Note on the mental hospitals in Burma - 1925-1940
Year: 1925
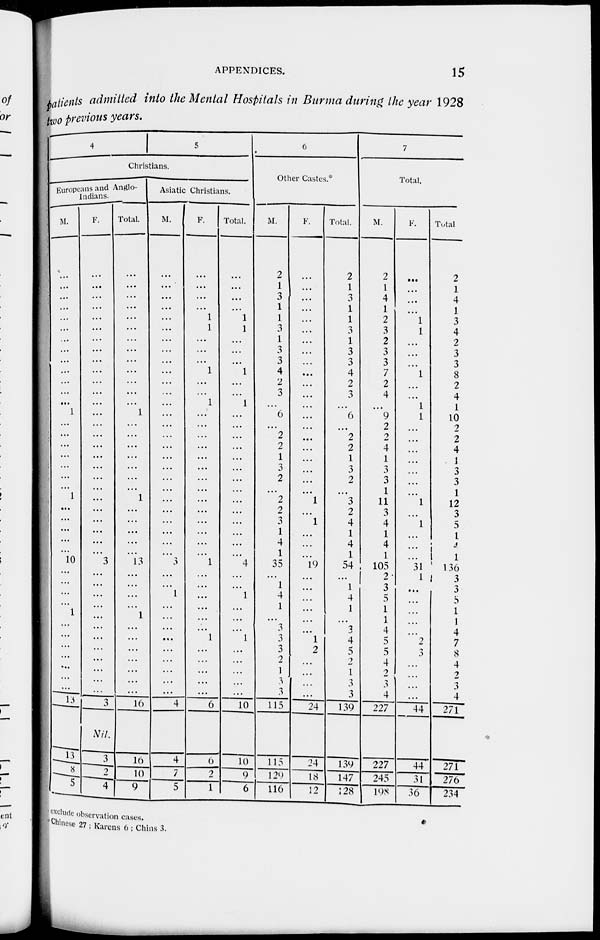
APPENDICES.
15
patients admitted into the Mental Hospitals in Burma during the year 1928
two previous years.
4
5
Christians.
Europeans and Anglo-
Indians.
M.
...
...
...
...
...
...
...
...
...
...
...
...
...
1
...
...
...
...
...
...
...
1
...
...
...
...
...
10
...
...
...
1
...
...
...
...
...
...
13
13
8
5
F.
...
...
...
...
...
...
...
...
...
...
...
..
...
...
...
...
...
...
...
...
...
...
...
...
...
...
...
3
...
...
...
...
...
...
...
...
...
...
...
3
Nil.
3
2
4
Total.
...
...
...
...
...
...
...
...
...
...
...
...
...
1
...
...
...
...
...
...
...
1
...
...
...
...
...
13
...
...
...
1
...
...
...
...
...
...
...
16
16
10
9
Asiatic Christians.
M.
...
...
...
...
...
...
...
...
...
...
...
...
...
...
...
...
...
...
...
...
...
...
...
...
...
...
...
3
...
...
1
...
...
...
...
...
...
...
...
...
4
4
7
5
F.
...
...
...
...
1
1
...
...
...
1
...
...
1
...
...
...
...
...
...
...
...
...
...
...
...
...
1
...
...
...
...
...
...
1
...
...
...
... ...
6
6
2
1
Total.
...
...
...
...
1
1
...
...
...
1
...
...
1
...
...
...
...
...
...
...
...
...
...
...
...
...
...
4
...
...
1
...
...
...
1
...
...
...
...
...
10
10
9
6
6
Other Castes.*
M.
2
1
3
1
1
3
1
3
3
4
2
3
...
6
...
2
2
1
3
2
...
2
2
1
4
1
35
...
1
4
1
...
3
3
3
2
1
3
3
115
115
129
116
F.
...
...
...
...
...
...
...
...
...
...
...
...
...
...
...
...
...
...
...
...
...
1
...
1
...
...
...
19
...
...
...
...
...
...
1
2
...
...
...
24
24
18
12
Total.
2
1
3
1
1
3
1
3
3
4
2
3
...
6
...
2
2
1
3
2
...
3
2
4
1
4
1
54
...
1
4
1
...
3
4
5
2
1
...
3
139
139
147
128
7
Total.
M.
2
1
4
1
2
3
2
3
3
7
2
4
...
9
2
2
4
1
3 ...
1
11
3
4
1
4
1
105
2
3
5
1
1
4
...
5
4
2
...
4
227
227
245
19S
F.
...
...
...
...
1
1
...
...
...
1
...
...
1
1
...
...
...
...
...
...
...
1
...
1
...
...
...
31
1
...
...
...
...
...
2
3
...
...
...
44
44
31
36
Total
2
1
4
1
3
4
2
3
3
8
2
4
1
10
2
2
4
1
3
3
1
12
3
5
1
4
1
136
3
3
5
1
1
4
7
8
4
2
...
4
271
271
276
234
exclude observation cases.
Chinese 27 ; Karens 6 ; Chins 3.